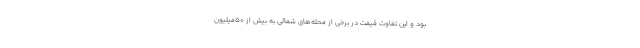
بود و این تفاوت قیمت در برخی از محله‌های شمالی به بیش از 50میلیون